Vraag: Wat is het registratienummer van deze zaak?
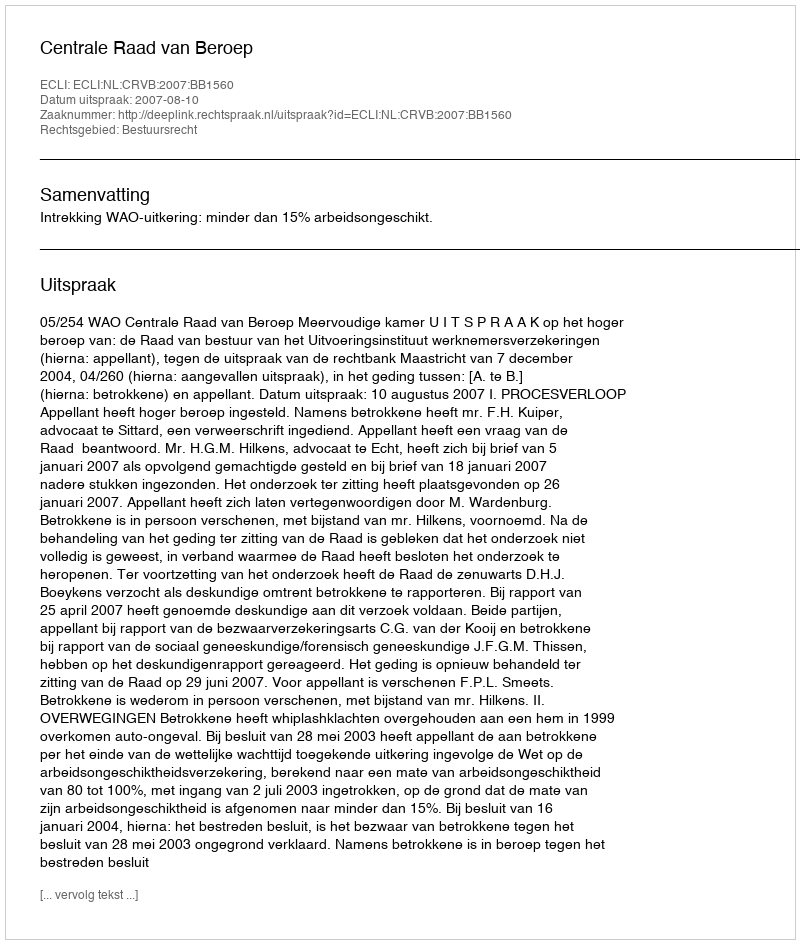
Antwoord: http://deeplink.rechtspraak.nl/uitspraak?id=ECLI:NL:CRVB:2007:BB1560